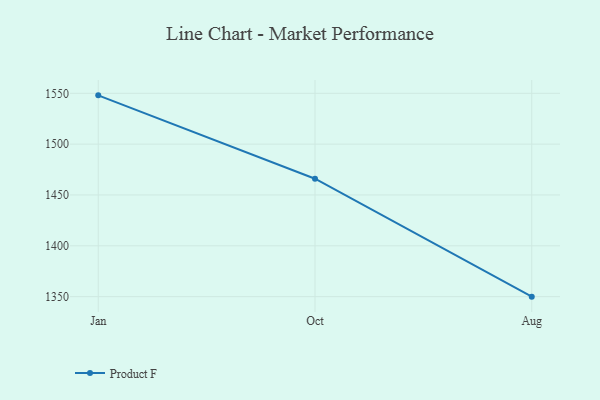
{"axis": {"x": "Month", "y": "Active Users"}, "legend": ["Product F"], "data": [{"x": "Jan", "y": 1548.0, "type": "Product F"}, {"x": "Oct", "y": 1466.0, "type": "Product F"}, {"x": "Aug", "y": 1350.0, "type": "Product F"}]}